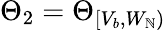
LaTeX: \Theta_{2}=\Theta_{[V_{b},W_{\mathbb{N}})}